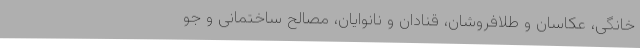
خانگی، عکاسان و طلافروشان، قنادان و نانوایان، مصالح ساختمانی و جو